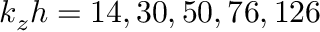
k _ { z } h = 1 4 , 3 0 , 5 0 , 7 6 , 1 2 6